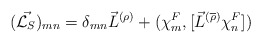
\begin{align*}(\vec{{\cal L}_S})_{mn} ={\delta}_{mn}{\vec{L}}^{(\rho)} + ({\chi}^F_m,[{\vec{L}}^{(\overline{\rho})}{\chi}^F_n])\end{align*}